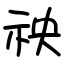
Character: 䄃